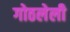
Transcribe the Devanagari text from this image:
गोठलेली